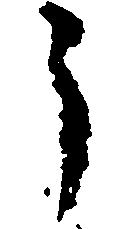
う